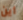
أين